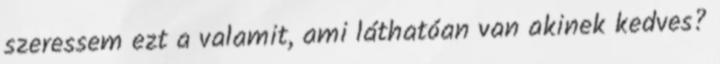
szeressem ezt a valamit, ami láthatóan van akinek kedves?